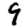
Digit: 9